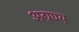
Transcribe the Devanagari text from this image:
अग्रण्य